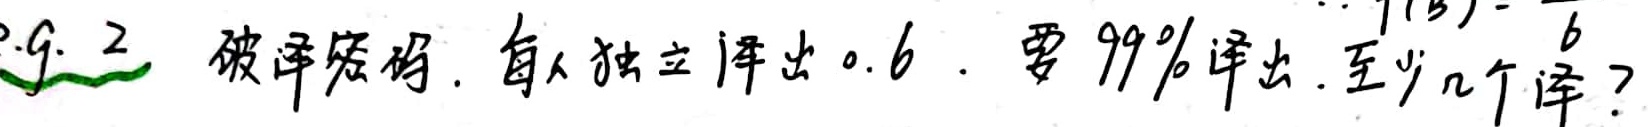
9.2 破译密码. 每人独立译出0.6. 要99%译出. 至少几个译？